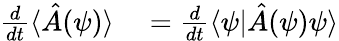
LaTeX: \begin{array}{rl}{\frac{d}{dt}\langle\hat{A}(\psi)\rangle}&{{}=\frac{d}{dt}\langle\psi|\hat{A}(\psi)\psi\rangle}\end{array}